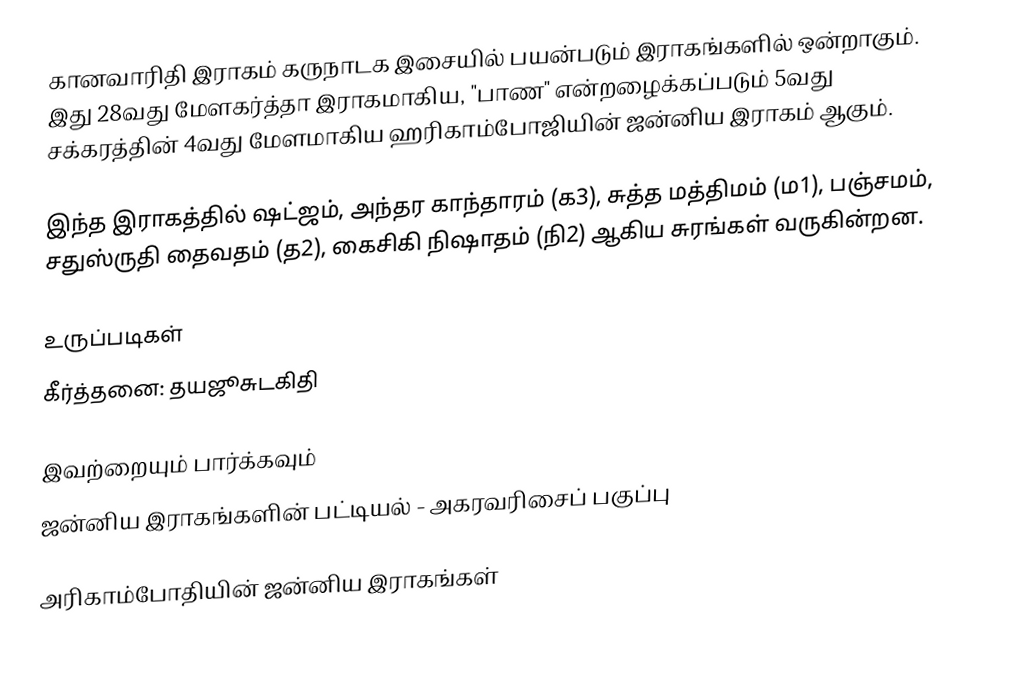
கானவாரிதி இராகம் கருநாடக இசையில் பயன்படும் இராகங்களில் ஒன்றாகும். இது 28வது மேளகர்த்தா இராகமாகிய, "பாண" என்றழைக்கப்படும் 5வது சக்கரத்தின் 4வது மேளமாகிய ஹரிகாம்போஜியின் ஜன்னிய இராகம் ஆகும்.

இந்த இராகத்தில் ஷட்ஜம், அந்தர காந்தாரம் (க3), சுத்த மத்திமம் (ம1), பஞ்சமம், சதுஸ்ருதி தைவதம் (த2), கைசிகி நிஷாதம்  (நி2) ஆகிய சுரங்கள் வருகின்றன.

உருப்படிகள்
 கீர்த்தனை: தயஜூசுடகிதி

இவற்றையும் பார்க்கவும்
 ஜன்னிய இராகங்களின் பட்டியல் - அகரவரிசைப் பகுப்பு

அரிகாம்போதியின் ஜன்னிய இராகங்கள்